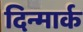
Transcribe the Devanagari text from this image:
दिन्मार्क